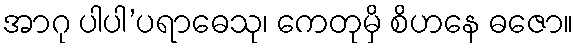
အာဂု ပါပါ’ပရာဓေသု၊ ကေတုမှိ စိဟနေ ဓဇော။